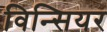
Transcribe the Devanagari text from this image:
विन्सियर